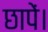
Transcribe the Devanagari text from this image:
छापें।